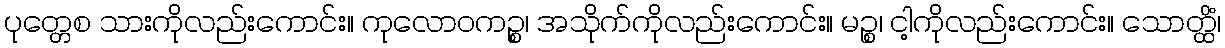
ပုတ္တေစ သားကိုလည်းကောင်း။ ကုလောဝကဉ္စ၊ အသိုက်ကိုလည်းကောင်း။ မဉ္စ၊ ငါ့ကိုလည်းကောင်း။ သောတ္ထိံ၊